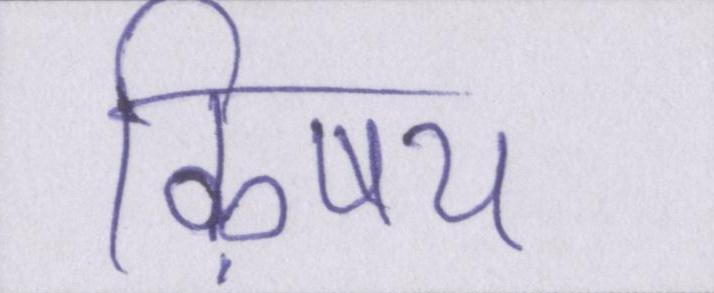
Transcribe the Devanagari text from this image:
ऴिषय